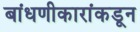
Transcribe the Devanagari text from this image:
बांधणीकारांकडून